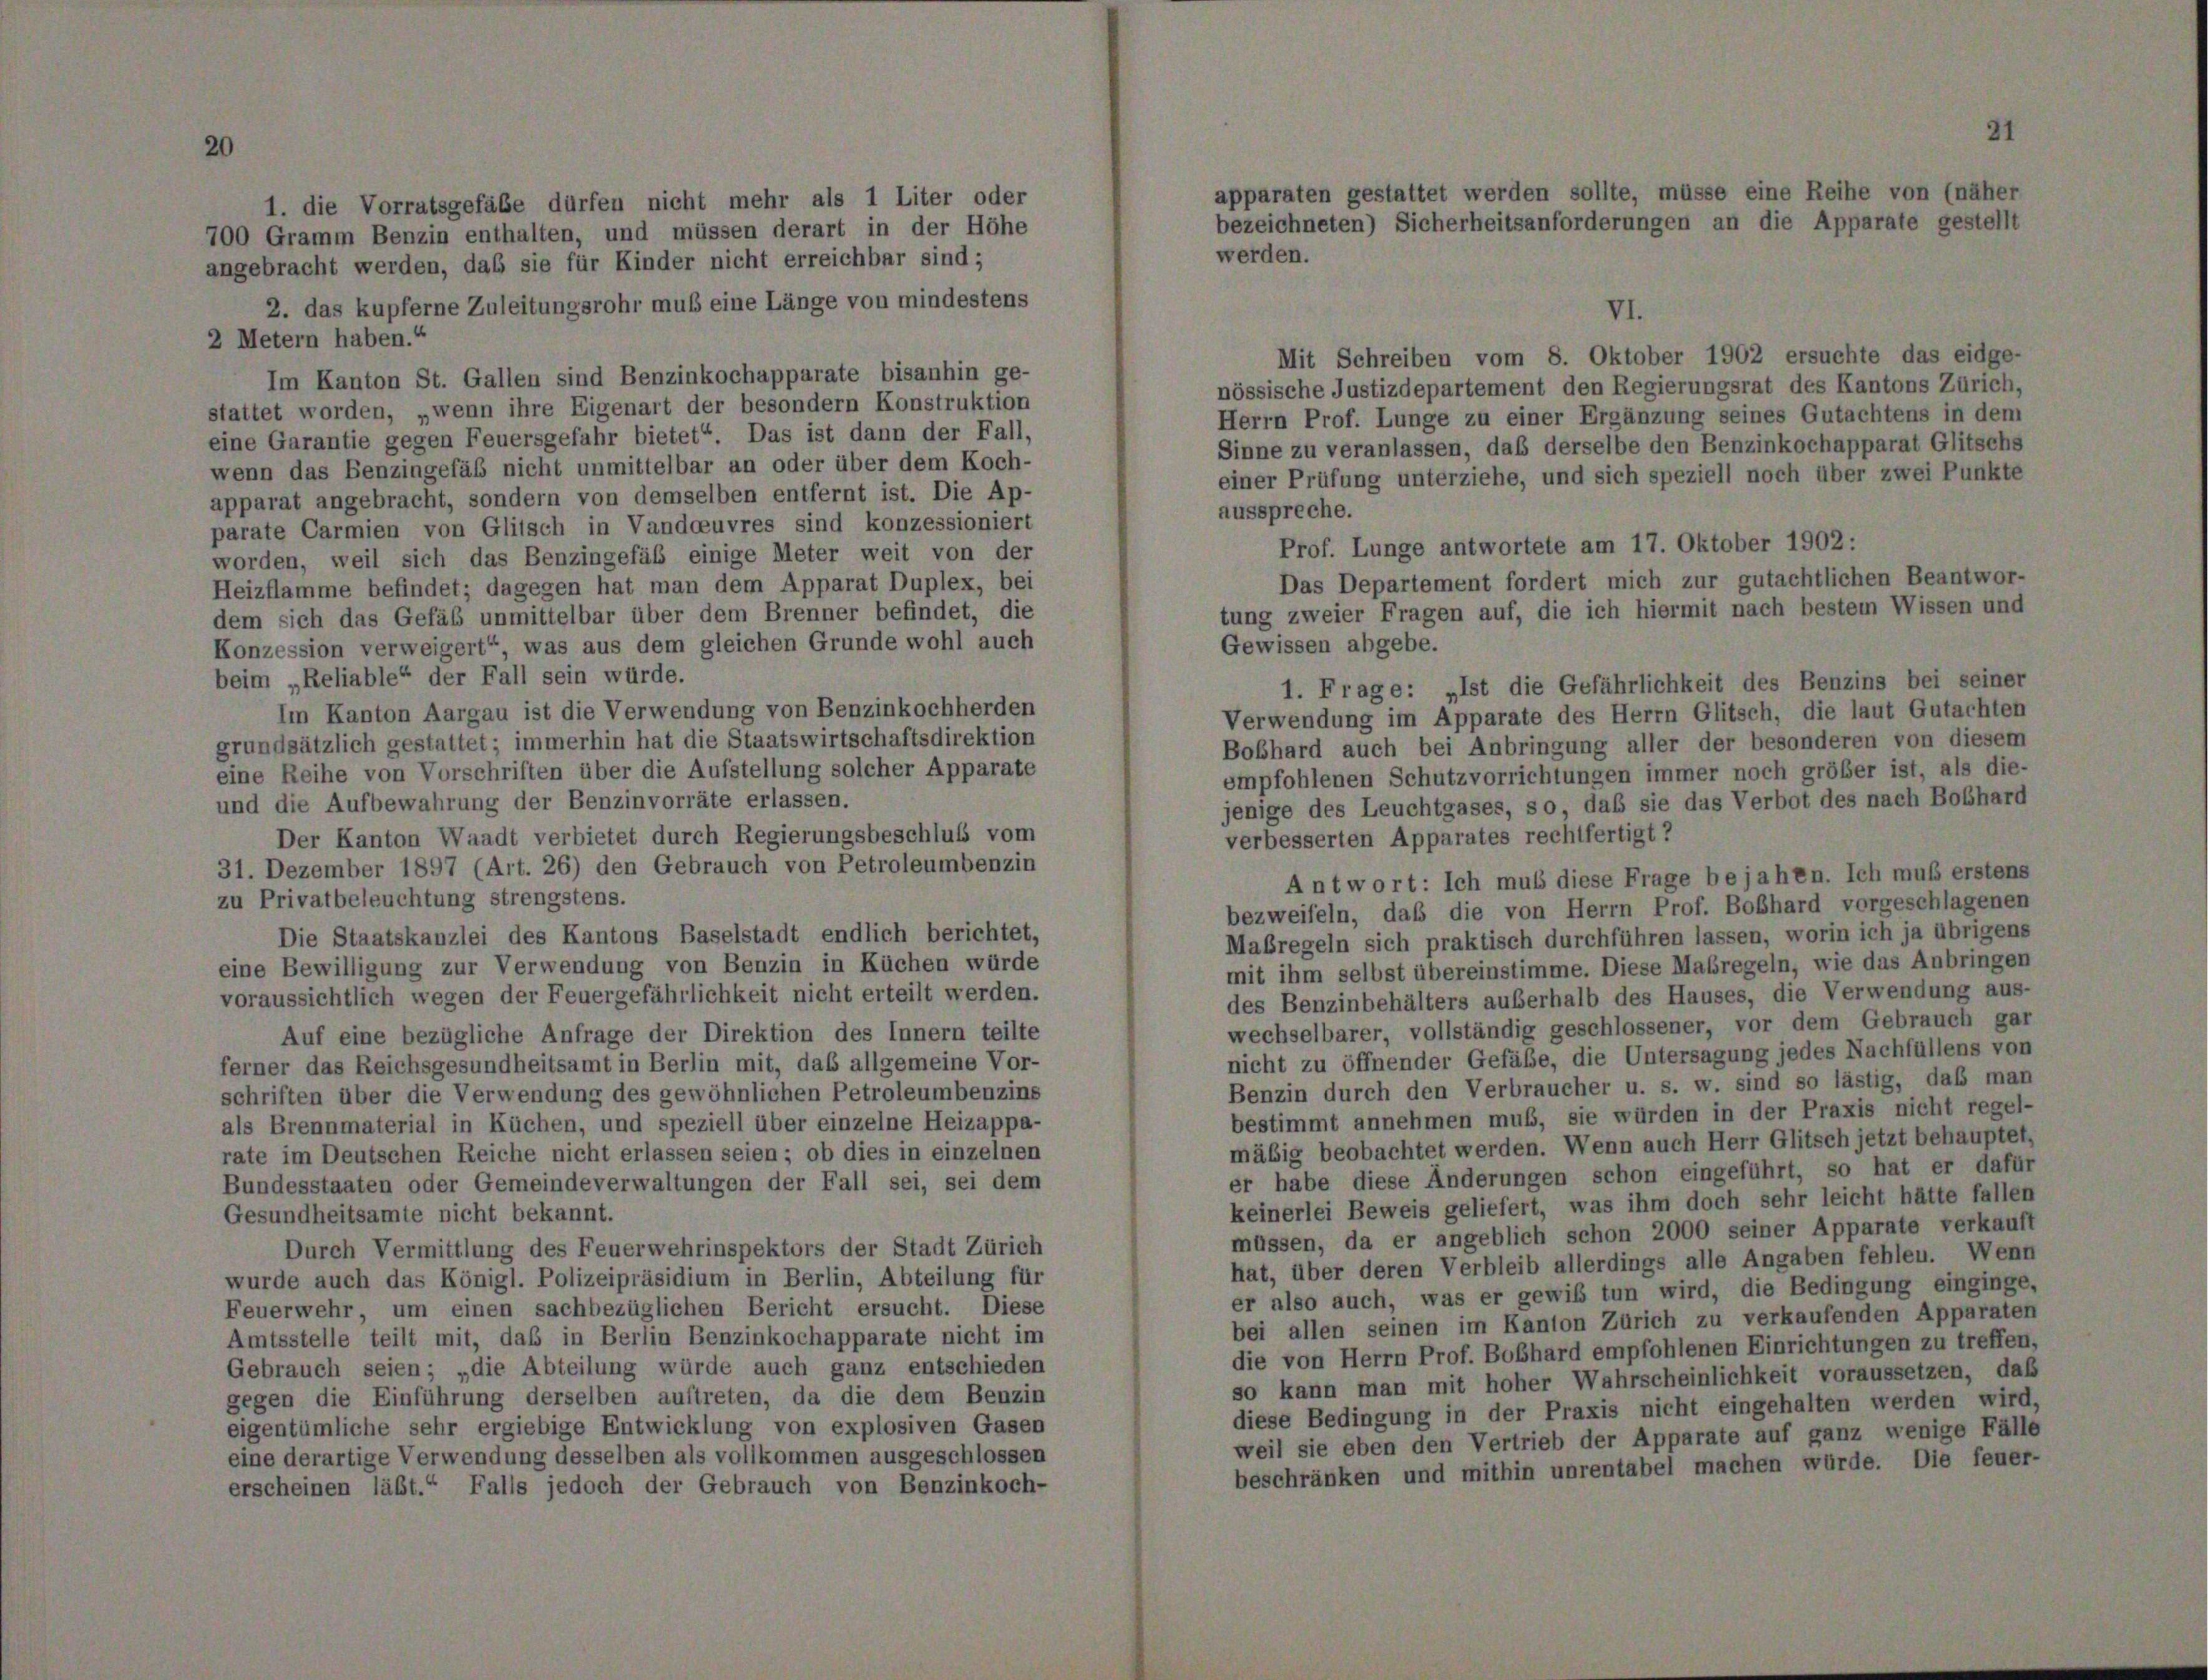
als 1 Liter oder

700 Gramm Benzin enthalten, und müssen derart in der Höhe
angebracht werden, daß sie für Kinder nicht erreichbar sind;
2. das kupferne Zuleitungsrohr muß eine Länge von mindestens
2 Metern haben.“
Im Kanton St. Gallen sind Benzinkochapparate bisanhin ge-
nössische Justizdepartement den Regierungsrat des Kantons Zürich,
stattet worden, „wenn ihre Eigenart der besondern Konstruktion
Herrn Prof. Lunge zu einer Ergänzung seines Gutachtens in dem
eine Garantie gegen Feuersgefahr bietet“. Das ist dann der Fall,
Sinne zu veranlassen, daß derselbe den Benzinkochapparat Glitschs
wenn das Benzingefäß nicht unmittelbar an oder über dem Koch-
einer Prüfung unterziehe, und sich speziell noch über zwei Punkte
apparat angebracht, sondern von demselben entfernt ist. Die Ap-
ausspreche.
parate Carmien von Glitsch in Vandceuvres sind konzessioniert
Prof. Lunge antwortete am 17. Oktober 1902:
worden, weil sich das Benzingefäß einige Meter weit von der
Das Departement fordert mich zur gutachtlichen Beantwor-
Heizflamme befindet; dagegen hat man dem Apparat Duplex, bei
tung zweier Fragen auf, die ich hiermit nach bestem Wissen und
dem sich das Gefäß unmittelbar über dem Brenner befindet, die
Gewissen abgebe.
Konzession verweigert“, was aus dem gleichen Grunde wohl auch
beim „Reliable“ der Fall sein würde.
Im Kanton Aargau ist die Verwendung von Benzinkochherden
Verwendung im Apparate des Herrn Glitsch, die laut Gutachten
grundsätzlich gestattet; immerhin hat die Staatswirtschaftsdirektion
Bobhard auch bei Anbringung aller der besonderen von diesem
eine Reihe von Vorschriften über die Aufstellung solcher Apparate
empfohlenen Schutzvorrichtungen immer noch größer ist, als die-
und die Aufbewahrung der Benzinvorräte erlassen.
enige des Leuchtgases, so, das sie das Verbot des nach Boßhard
verbesserten Apparates rechtfertigt?
Der Kanton Waadt verbietet durch Regierungsbeschluß vom
31. Dezember 1897 (Art. 26) den Gebrauch von Petroleumbenzin
Antwort: Ich muß diese Frage bejahen. Ich muß ersten
zu Privatbeleuchtung strengstens.
bezweifeln, daß die von Herrn Prof. Boßhard vorgeschlagenen
Die Staatskanzlei des Kantons Baselstadt endlich berichtet,
Maßregeln sich praktisch durchführen lassen, worin ich ja übrigens
eine Bewilligung zur Verwendung von Benzin in Küchen würde
mit ihm selbst übereinstimme. Diese Maßregeln, wie das Anbringen
voraussichtlich wegen der Feuergefährlichkeit nicht erteilt werden.
des Benzinbehälters außerhalb des Hauses, die Verwendung aus-
wechselbarer, vollständig geschlossener, vor dem Gebrauch gar
Auf eine bezügliche Anfrage der Direktion des Innern teilte
nicht zu öffnender Gefäße, die Untersagung jedes Nachfüllens von
ferner das Reichsgesundheitsamt in Berlin mit, das allgemeine Vor-
Benzin durch den Verbraucher u. s. w. sind so lästig, daß man
schriften über die Verwendung des gewöhnlichen Petroleumbenzins
bestimmt annehmen muß, sie würden in der Praxis nicht regel-
als Brennmaterial in Küchen, und speziell über einzelne Heizappa-
mäßig beobachtet werden. Wenn auch Herr Glitsch jetzt behauptet,
rate im Deutschen Reiche nicht erlassen seien; ob dies in einzelnen
er habe diese Änderungen schon eingeführt, so hat er dafür
Bundesstaaten oder Gemeindeverwaltungen der Fall sei, sei dem
keinerlei Beweis geliefert, was ihm doch sehr leicht hätte fallen
Gesundheitsamte nicht bekannt.
müssen, da er angeblich schon 2000 seiner Apparate verkauft
Durch Vermittlung des Feuerwehrinspektors der Stadt Zürich
hat, über deren Verbleib allerdings alle Angaben fehlen. Wenn
wurde auch das Königl. Polizeipräsidium in Berlin, Abteilung für
er also auch, was er gewiß tun wird, die Bedingung einginge,
Feuerwehr um einen sachbezüglichen Bericht ersucht. Diese
bei allen seinen im Kanton Zürich zu verkaufenden Apparaten
Amtsstelle teilt mit, daß in Berlin Benzinkochapparate nicht im
die von Herrn Prof. Boßhard empfohlenen Einrichtungen zu treffen,
Gebrauch seien; „die Abteilung würde auch ganz entschieden
so kann man mit hoher Wahrscheinlichkeit voraussetzen, daß
gegen die Einführung derselben auftreten, da die dem Benzin
diese Bedingung in der Praxis nicht eingehalten werden wird,
eigentümliche sehr ergiebige Entwicklung von explosiven Gasen
weil sie eben den Vertrieb der Apparate auf ganz wenige Fälle
eine derartige Verwendung desselben als vollkommen ausgeschlossen
beschränken und mithin unrentabel machen würde. Die feuer-
erscheinen läßt.“ Falls jedoch der Gebrauch von Benzinkoch-

apparaten gestattet werden sollte, müsse eine Reihe von (näher
bezeichneten) Sicherheitsanforderungen an die Apparate gestellt
werden.

VI.
Mit Schreiben vom 8. Oktober 1902 ersuchte das eidge-

1. Frage: „Ist die Gefährlichkeit des Benzins bei seiner